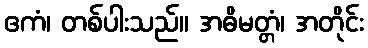
ဧကံ၊ တစ်ပါးသည်။ အဓိမတ္တံ၊ အတိုင်း